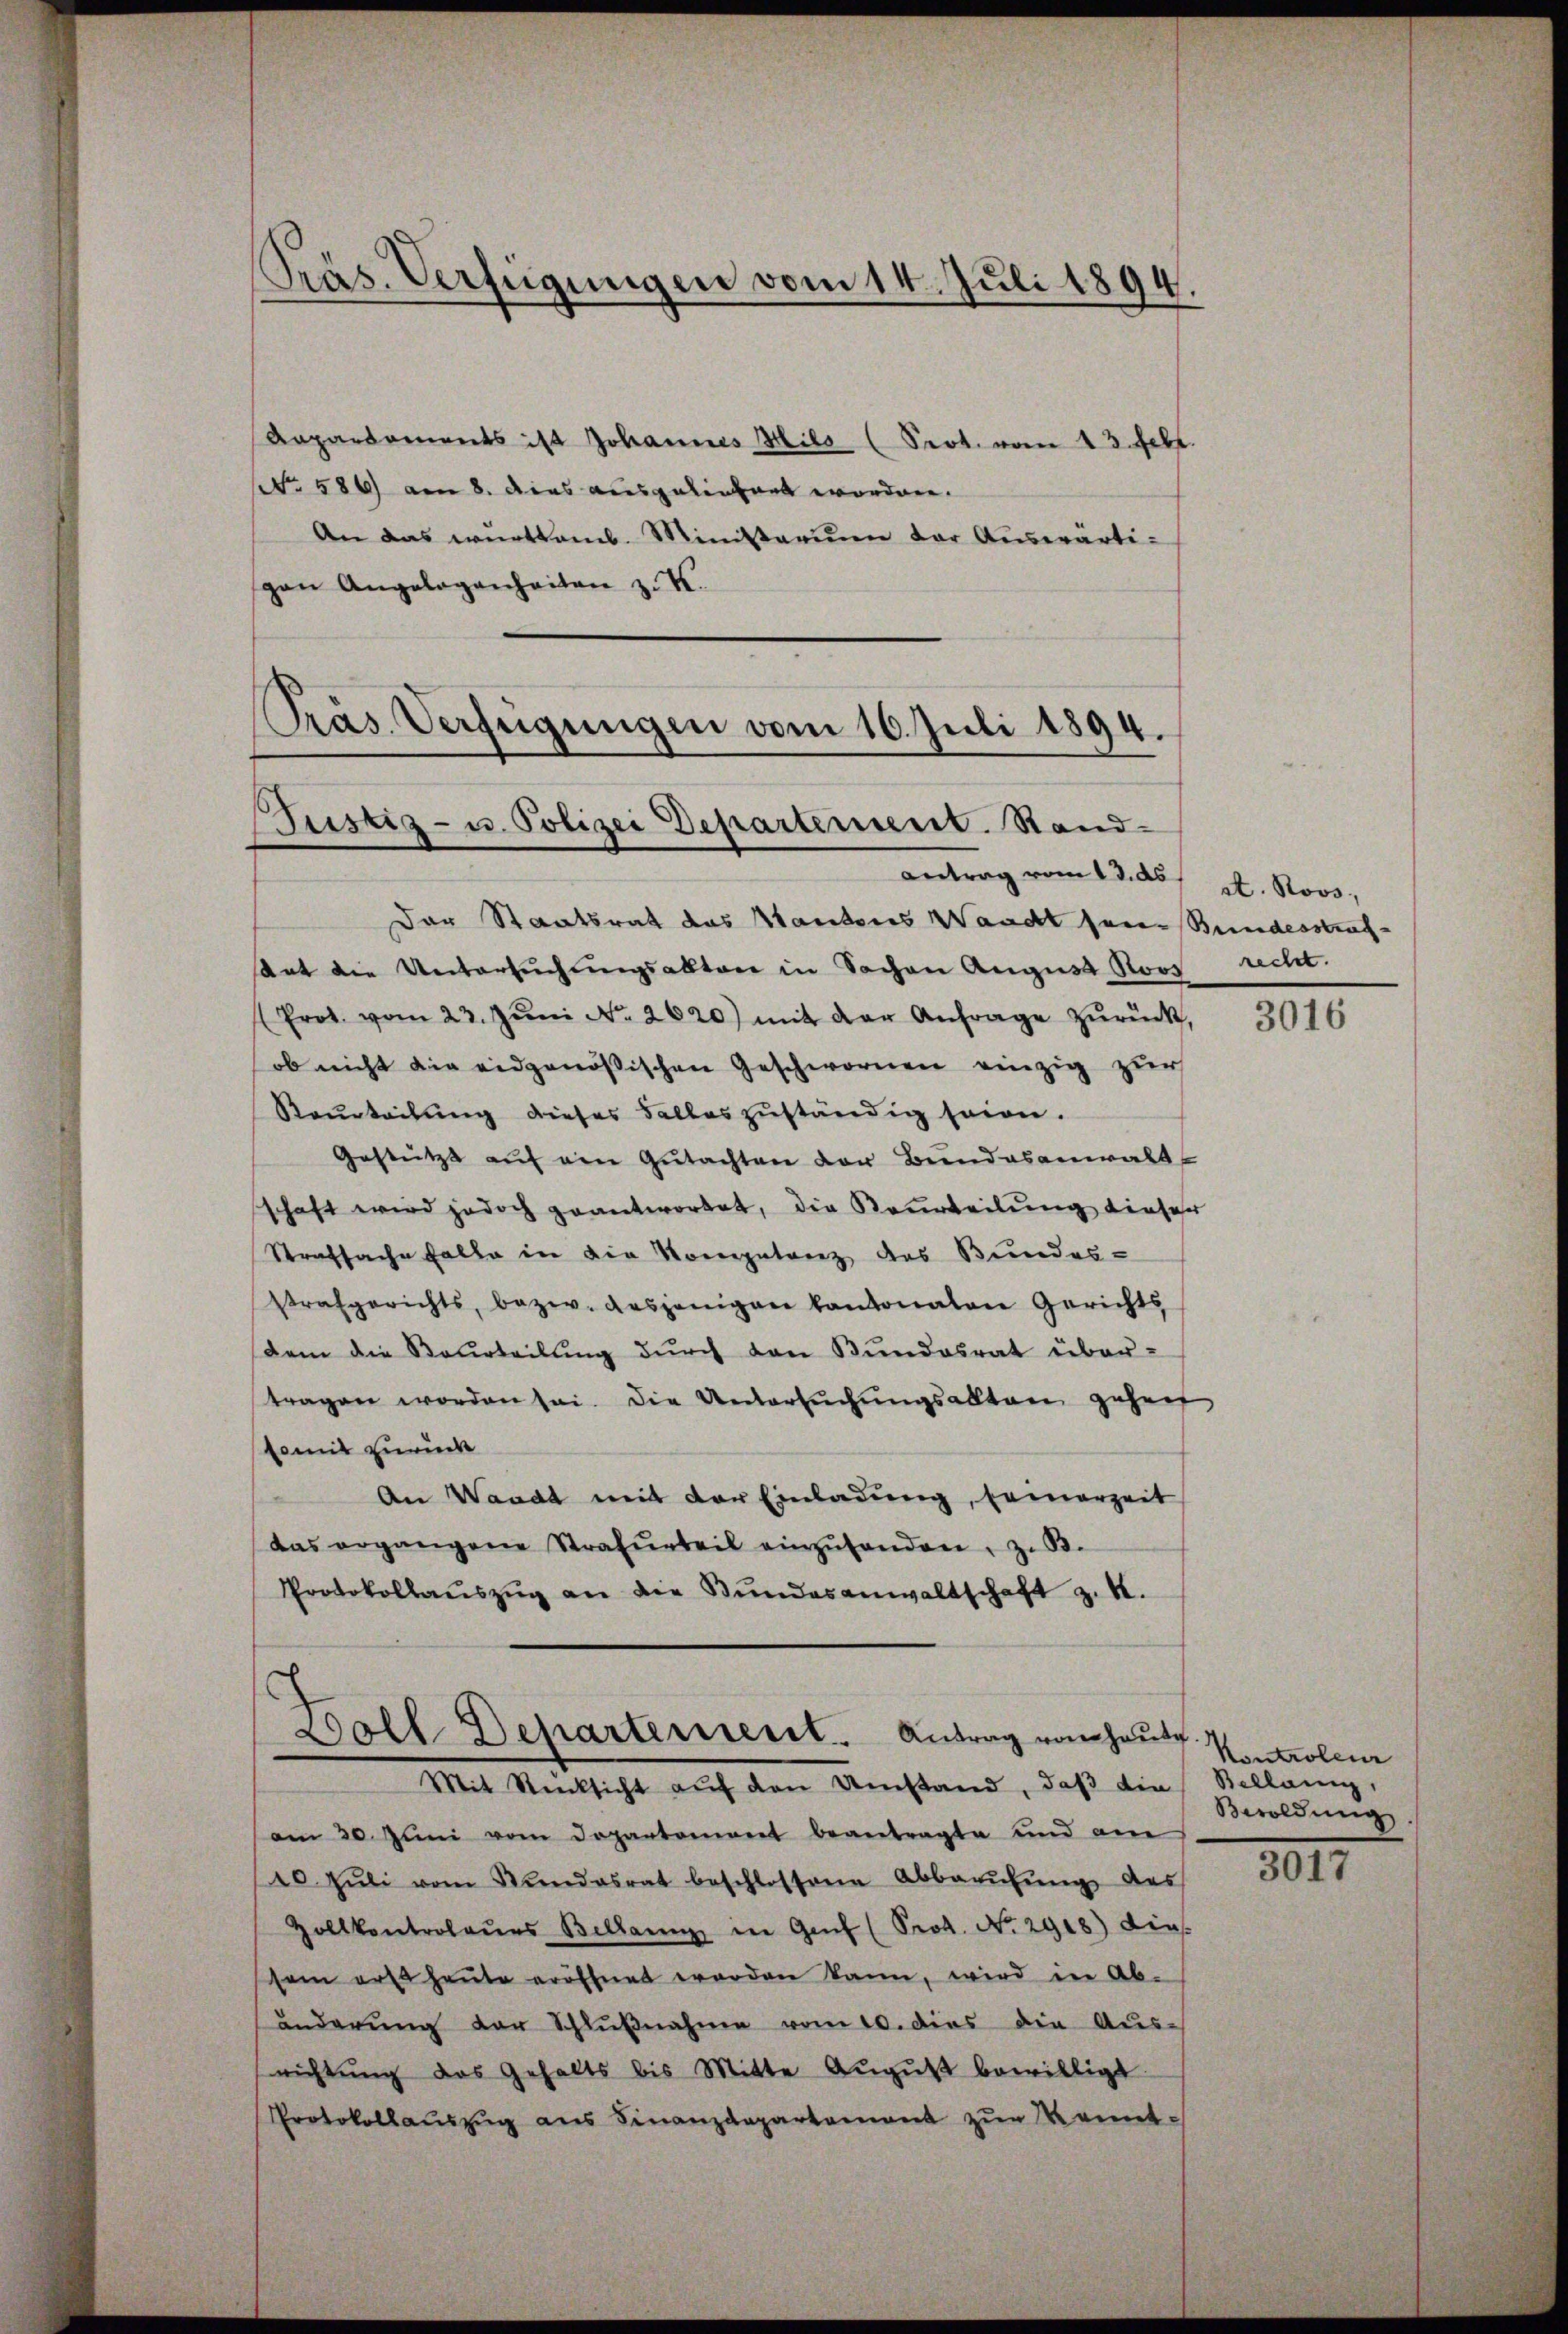
Präs. Verfügungen vom 14. Juli 1894.

Aaparsaments ist Johannes Hils (Seot. vom 13. Febr.
(No. 586 am 8. dies ausgeliefert worden.
An das württemb. Ministagium der Auswärtigen Angelegenheiten z. K.

Pras Verfügungen vom 16. Juli 1894.
Justiz- u. Polizei Departement. Stand-
Antrag vom 13. ds. et. Novo,

Zoll-Departement. Antrag von Hause
Mit Stücksicht auf den Umstand, daß die

Der Staatsrat das Kantons Waadt son Bundesstraf¬
Art die Untersŭchŭngsabten in Sachen August Stoos recht.
(Prot. vom 23. Jŭni No. 2620) mit der Anfrage zŭrück,
ob nicht die eidgenössischen Geschwornen einzig zur
Raurteilung dieses Falles zuständig seine.
Gestützt aŭf ein Gŭtachten der Bundesanwalt
schaft wird jedoch geantwortet, die Beurteilung dieser
Strafsache Falle in die Kompetenz des Bundes-
strafgerichts, bezw. desjenigen kantonalen Gerichts
dem die Beurteilung dŭrch den Bundesrat über-
tragen worden sei. Die Untersŭchŭngsakten gehen,
somit zurück
An Waadt mit der Einladung, Feierzeit
das ergangene Strafurteil einzŭhanden, z. B.
Protokollaŭszŭg an die Bŭndesanwaltschaft z. B.

am 30. Jŭni vom Departement beantragte und am
10. Jŭli vom Kundesrat beschlossene Abbarŭhŭng des
zollkontrolaŭes Bellang in Genf (Prot. No. 2918) dies
d
sei erte heŭte eröffnet werden kann, wird in Ab-
änderŭng der Schlŭβnahme vom 10. dies die Aŭs-
nichtŭng des Gehalts bis Mitte Aŭgŭst bewilligt
Protokollaŭszŭg ans Finanzdepartement zŭr Kennt¬

3016

Kontroleur
Bellang,
Beoldung

3011